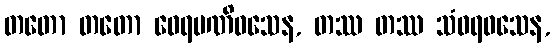
တတော တတော ဝေရမဏိဝသေန, တဿ တဿ သံဝရဝသေန,